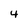
Character: 4